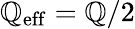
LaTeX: \mathbb{Q}_{\mathrm{{eff}}}=\mathbb{Q}/2